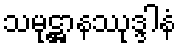
သမုဋ္ဌာနဿုဒ္ဒါနံ